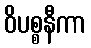
ဝိပစ္စနီကာ